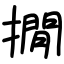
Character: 撊